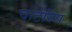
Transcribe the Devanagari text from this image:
चार्टरिस